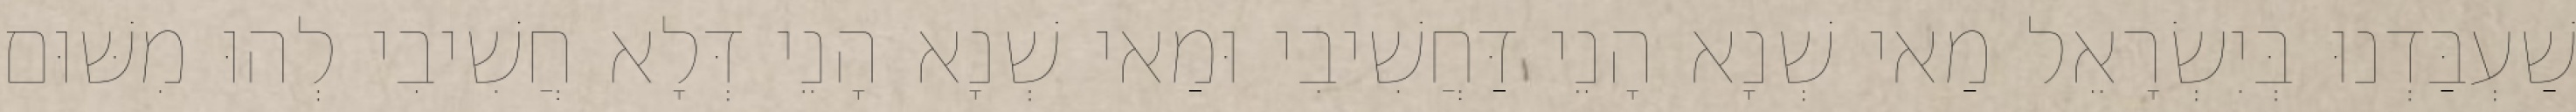
שַׁעְבַּדְנוּ בְּיִשְׂרָאֵל מַאי שְׁנָא הָנֵי דַּחֲשִׁיבִי וּמַאי שְׁנָא הָנֵי דְּלָא חֲשִׁיבִי לְהוּ מִשּׁוּם